Eesti_Vabariigi_Tartu_Ulikool, lk 39
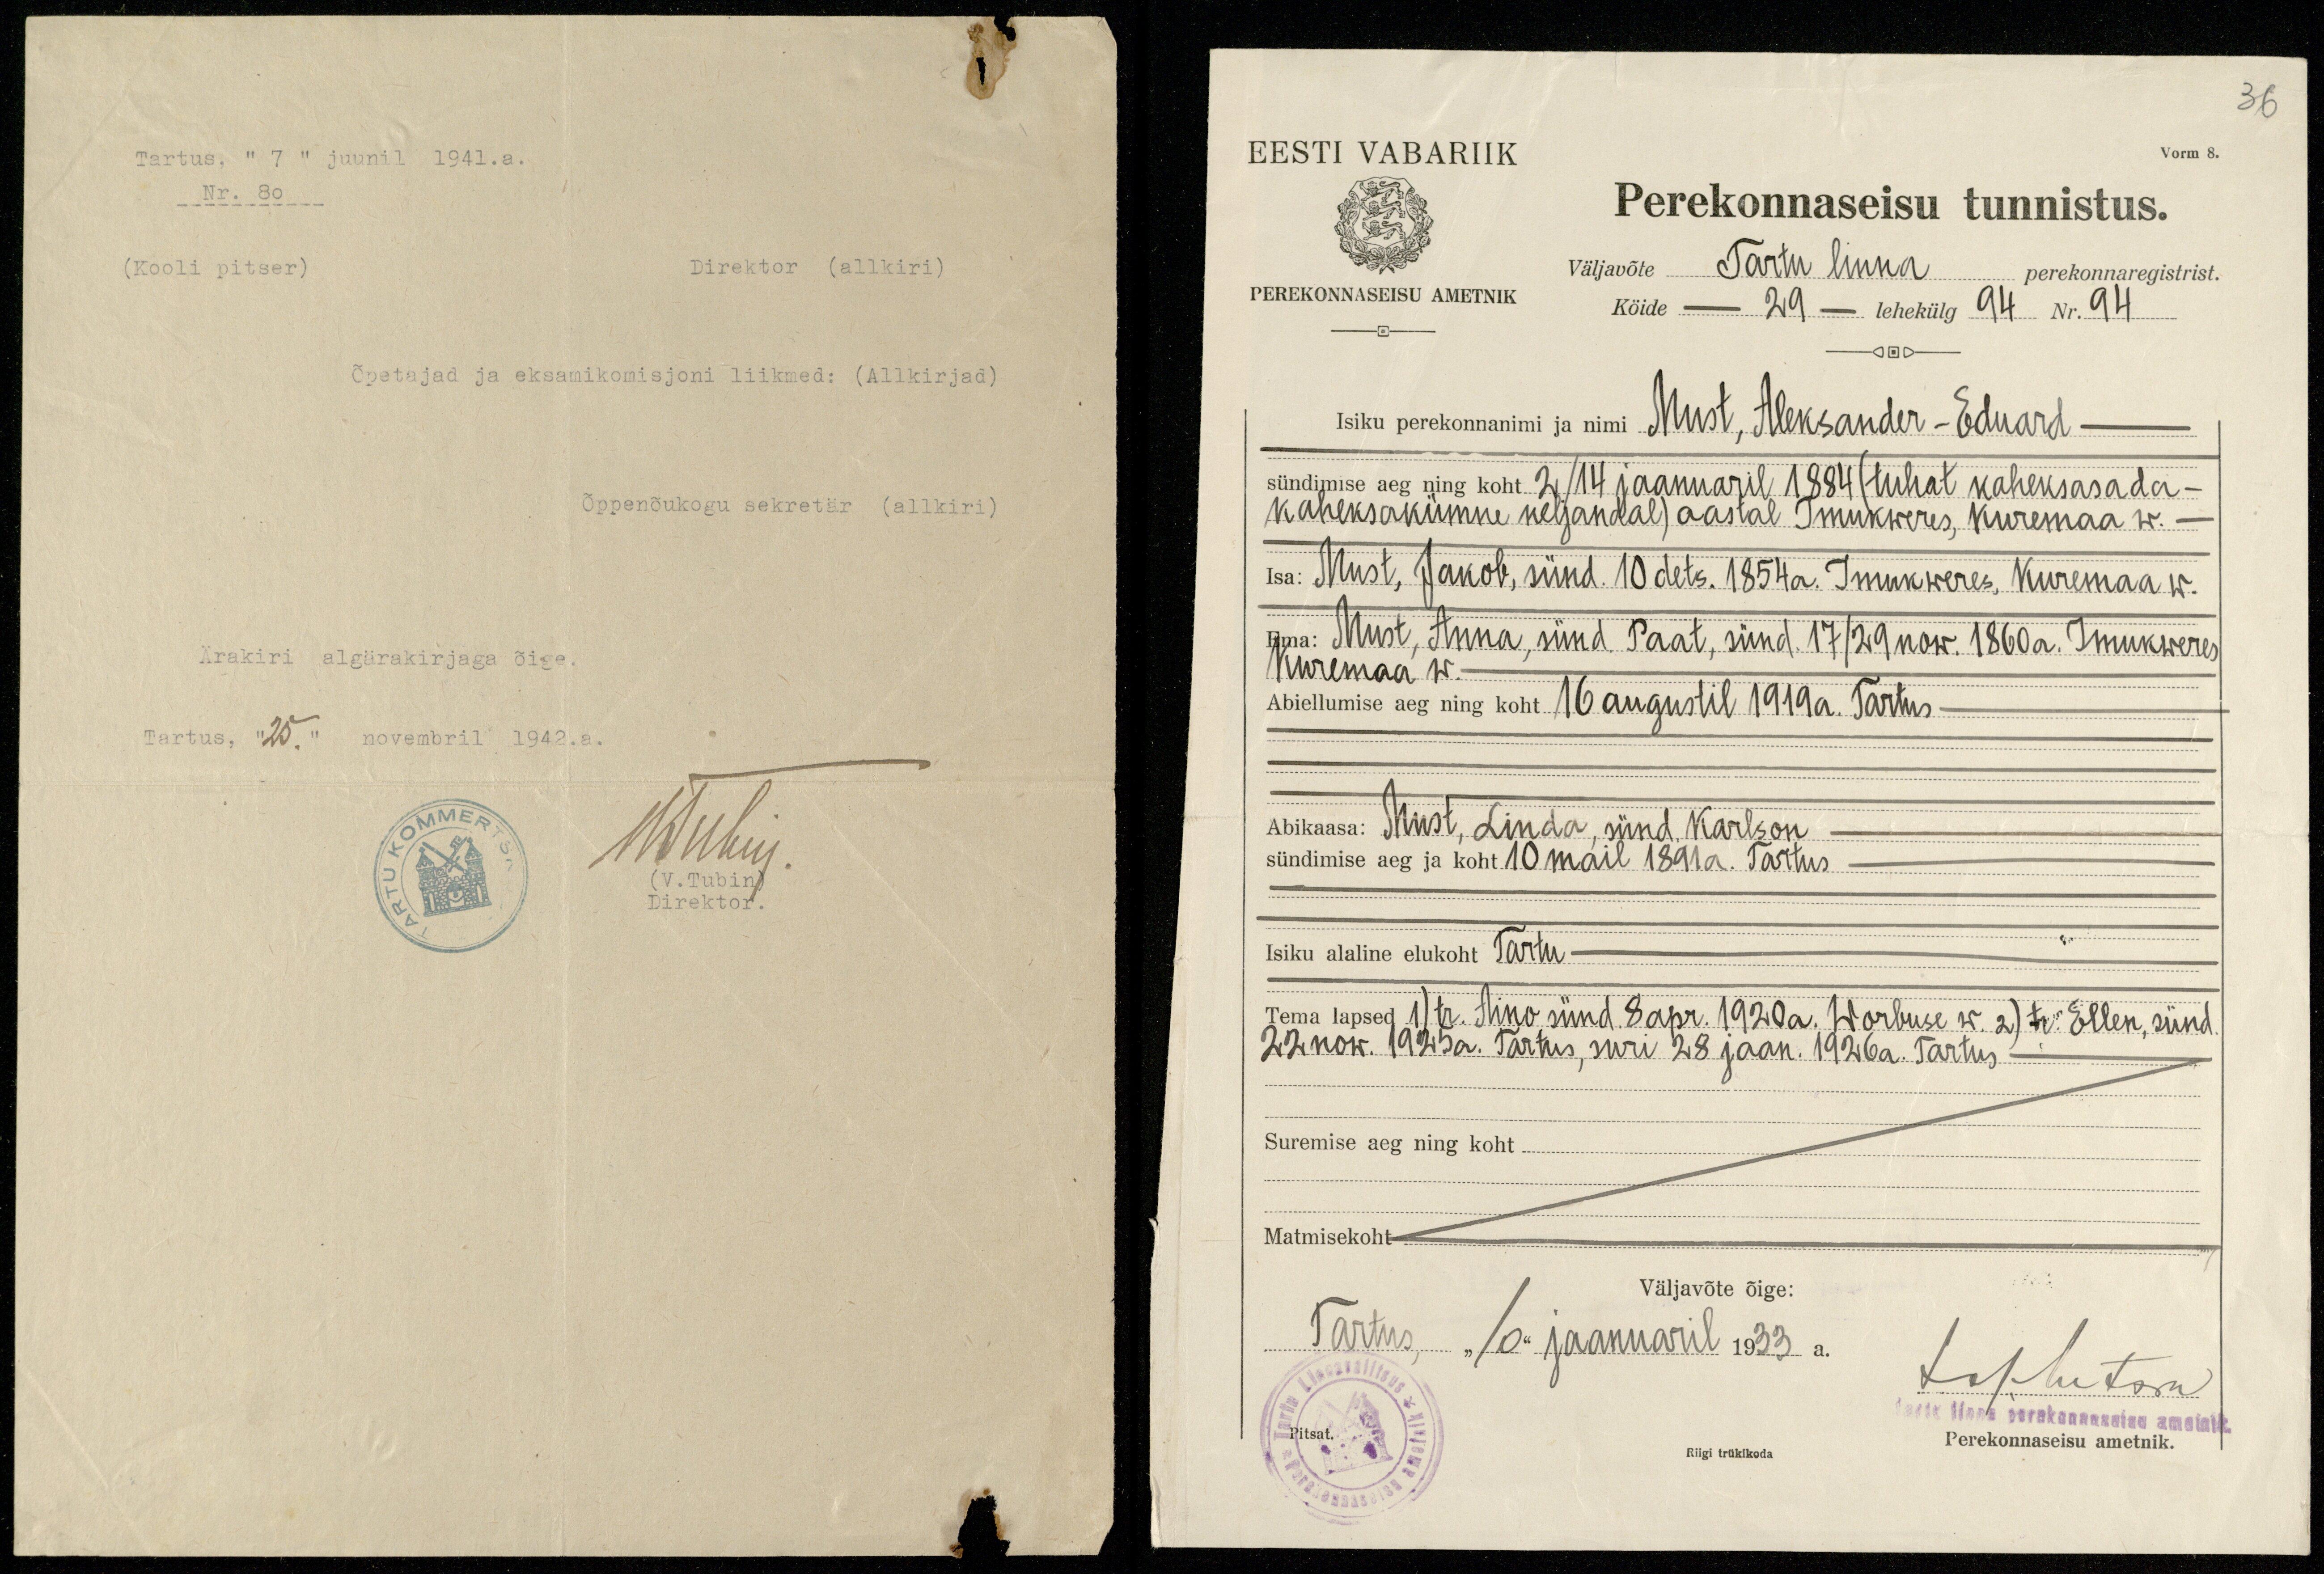
Tartus, " 7 " juunil 1941.a.
Nr. 80
(Kooli pitser)
Direktor (allkiri)
Õpetajad ja eksamikomisjoni liikmed: (Allkirjad)
Õppenõukogu sekretär (allkiri)
Ärakiri algärakirjaga õige.
Tartus, "25." novembril 1942.a.
Muhui
(V.Tubin)
Direktor

36
Vorm 8.
EESTI VABARIIK
PEREKNNASEISU AMETNIK
Perekonnaseisu tunnistus.
väljavõte Tartu linna perekonnaregistrist.
Kõide - 29 - lehekülg 94 Nr. 94
Isiku perekonnanimi ja nimi Must, Aleksander - Eduard-
sündimise aeg ning koht. 2/14 jaanuaril 1884 (tuhal kaheksasada-
kaheksakümne neljandal) aastal Imukweres, Kuremaa w.
Isa: Must, Jakob, sünd. 10 dets. 1854 a. Imukweres, Kuremaa w.
Ema: Must, Anna, sünd Paat, sünd. 17/29 now. 1860a. Imukwereks
Kuremaa w.
Abiellumise aeg ning koht 16 augustil 1919 a. Tartus
Abikaasa: Must, Linda, sünd. Karlson
sündimise aeg ja koht 10 mail 1891a. Tartus
Isiku alaline elukoht Tartu
Tema lapsed 1/tr. Aino sünd. apr. 1920a. Worbuse w. 2) tr. Ellen, sünd.
22 now. 1925a. Tartus, suri 28 jaan. 1926 a. Tartlus
Suremise aeg ning koht
Matmisekoht
Väljavõte õige:
Tartus "10" jaanuaril 1933 a.
Johhtsus
aste koos perekonnaseisu ametnik
Pitsat.
Riigi trükikoda
Perekonnaseisu ametnik.